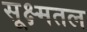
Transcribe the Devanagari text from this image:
सूक्ष्मतल